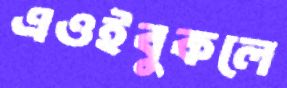
এওইবুকলে